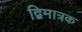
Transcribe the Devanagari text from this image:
द्विमात्रक